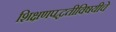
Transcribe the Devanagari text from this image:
शिक्षणपद्धतीविषयीचे